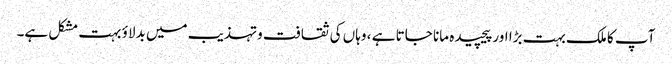
آپ کا ملک بہت بڑا اور پیچیده مانا جاتا ہے ، وہاں کی ثقافت وتہذیب میں بدلاؤ بہت مشکل ہے۔